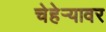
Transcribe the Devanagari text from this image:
चेहेऱ्यावर